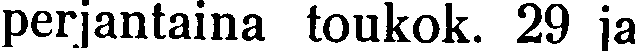
perjantaina toukok. 29 ja